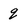
Character: q